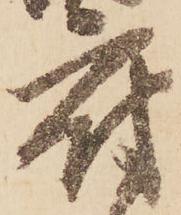
府